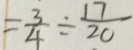
= \frac { 3 } { 4 } \div \frac { 1 7 } { 2 0 }